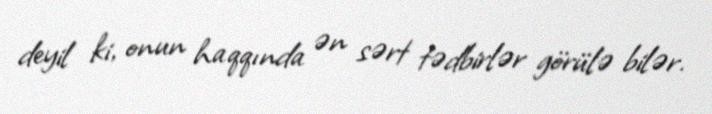
deyil ki, onun haqqında ən sərt tədbirlər görülə bilər.